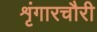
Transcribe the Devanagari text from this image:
शृंगारचौरी